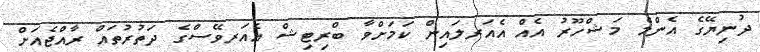
ދުނިޔޭގެ އެންމެ މަޝްހޫރު އެއް އެއަރލައިން ކަމަށްވާ ބްރިޓިޝް އެއަރވޭސްގެ ދަތުރުތައް ރާއްޖެއަށް